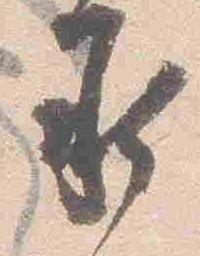
承